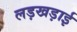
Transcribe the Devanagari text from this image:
लड़खड़ाई